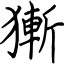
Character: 獑